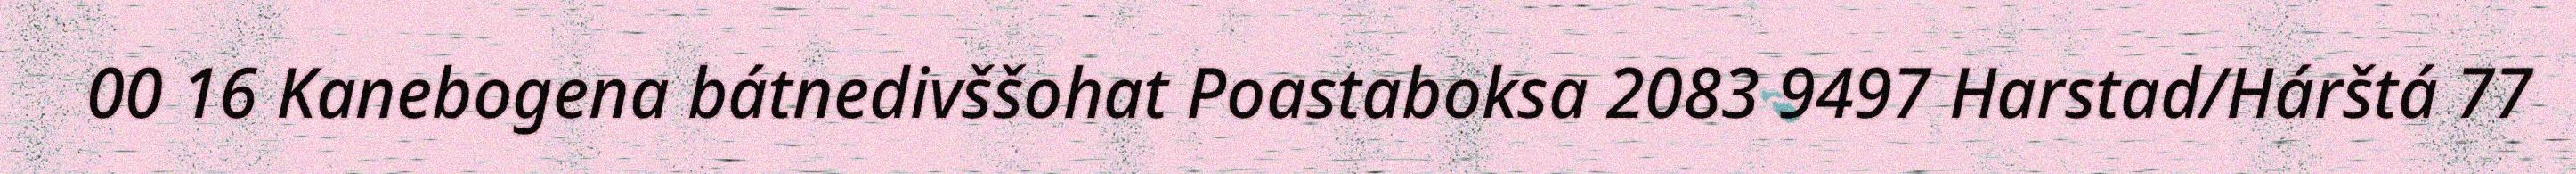
00 16 Kanebogena bátnedivššohat Poastaboksa 2083 9497 Harstad/Hárštá 77